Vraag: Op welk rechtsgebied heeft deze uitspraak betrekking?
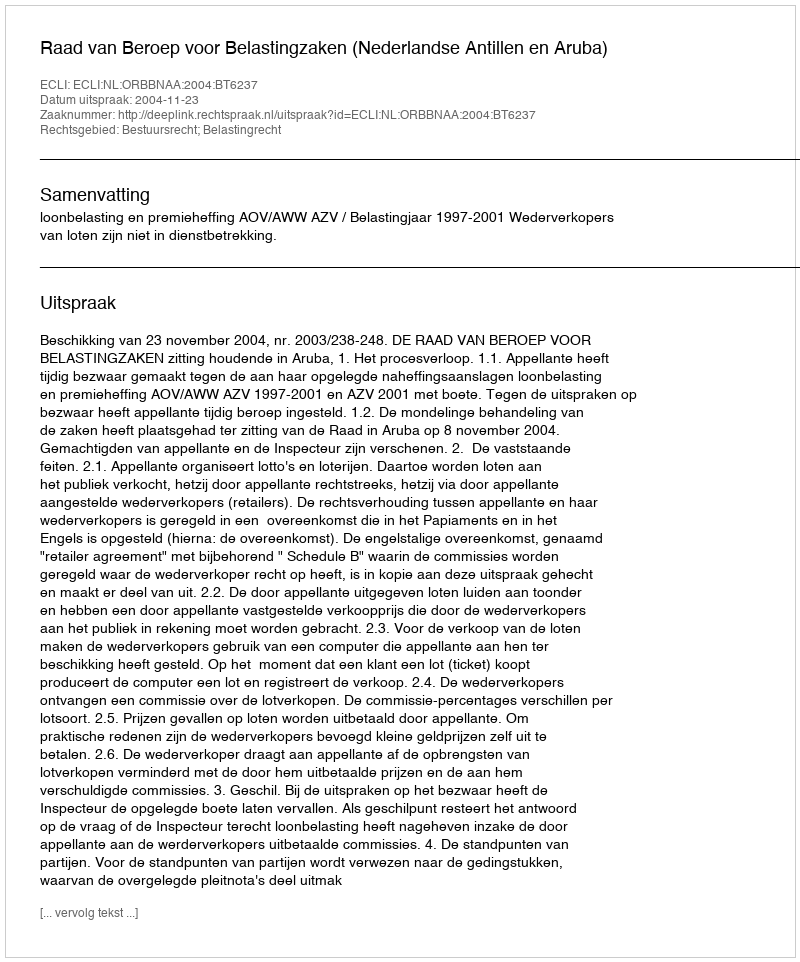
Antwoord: Bestuursrecht; Belastingrecht